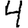
Digit: 4